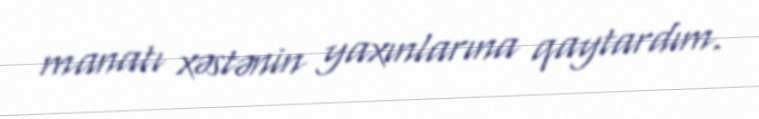
manatı xəstənin yaxınlarına qaytardım.